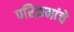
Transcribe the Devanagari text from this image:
परिक्रमांचे